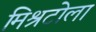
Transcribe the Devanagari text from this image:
मिश्रटोला